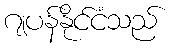
ဂျပန်နိုင်ငံသည်